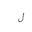
Letter: _lam